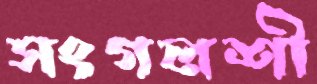
সংগলশী